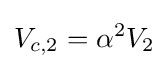
{\begin{aligned}V_{c,2}=\alpha ^{2}V_{2}\end{aligned}}